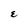
Character: E